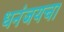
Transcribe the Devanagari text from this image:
धनंजयचा